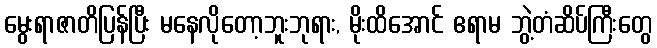
မွေးရာဇာတိပြန်ပြီး မနေလိုတော့ဘူးဘုရား, မိုးထိအောင် ဧရာမ ဘွဲ့တံဆိပ်ကြီးတွေ